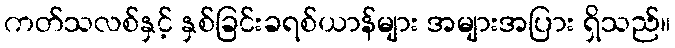
ကတ်သလစ်နှင့် နှစ်ခြင်းခရစ်ယာန်များ အများအပြား ရှိသည်။